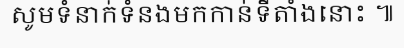
សូមទំនាក់ទំនងមកកាន់ទីតាំងនោះ ៕